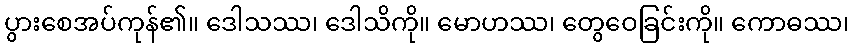
ပွားစေအပ်ကုန်၏။ ဒေါသဿ၊ ဒေါသိကို။ မောဟဿ၊ တွေဝေခြင်းကို။ ကောဓဿ၊